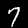
Label: 7